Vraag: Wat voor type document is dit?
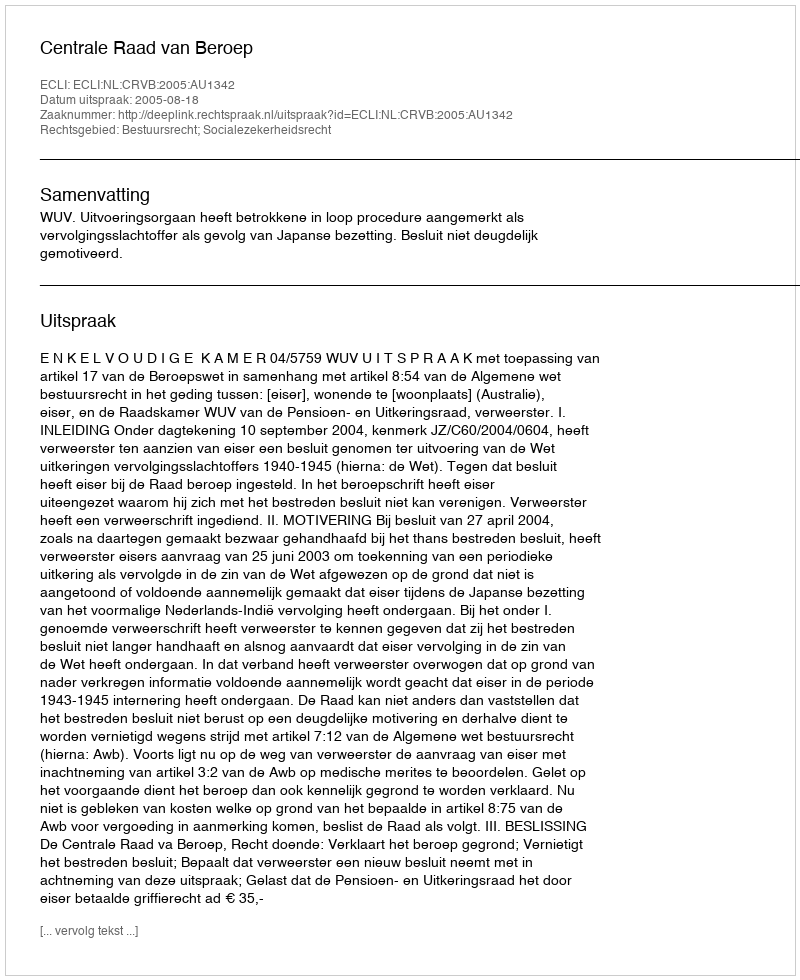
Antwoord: Uitspraak